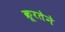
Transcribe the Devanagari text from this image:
क्रूरतेने